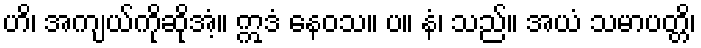
ဟိ၊ အကျယ်ကိုဆိုအံ့။ ဣဒံ နေဝသ။ ပ။ နံ၊ သည်။ အယံ သမာပတ္တိ၊